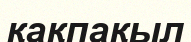
қақпақыл